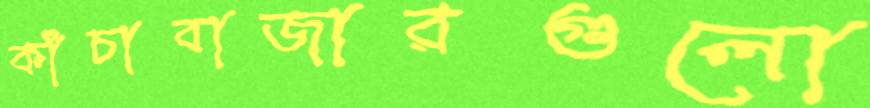
কাঁচাবাজারগুলো